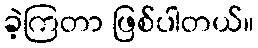
ခဲ့ကြတာ ဖြစ်ပါတယ်။